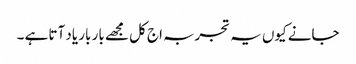
جانے کیوں یہ تجربہ اج کل مجھے بار بار یاد آتا ہے ۔